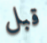
قبل